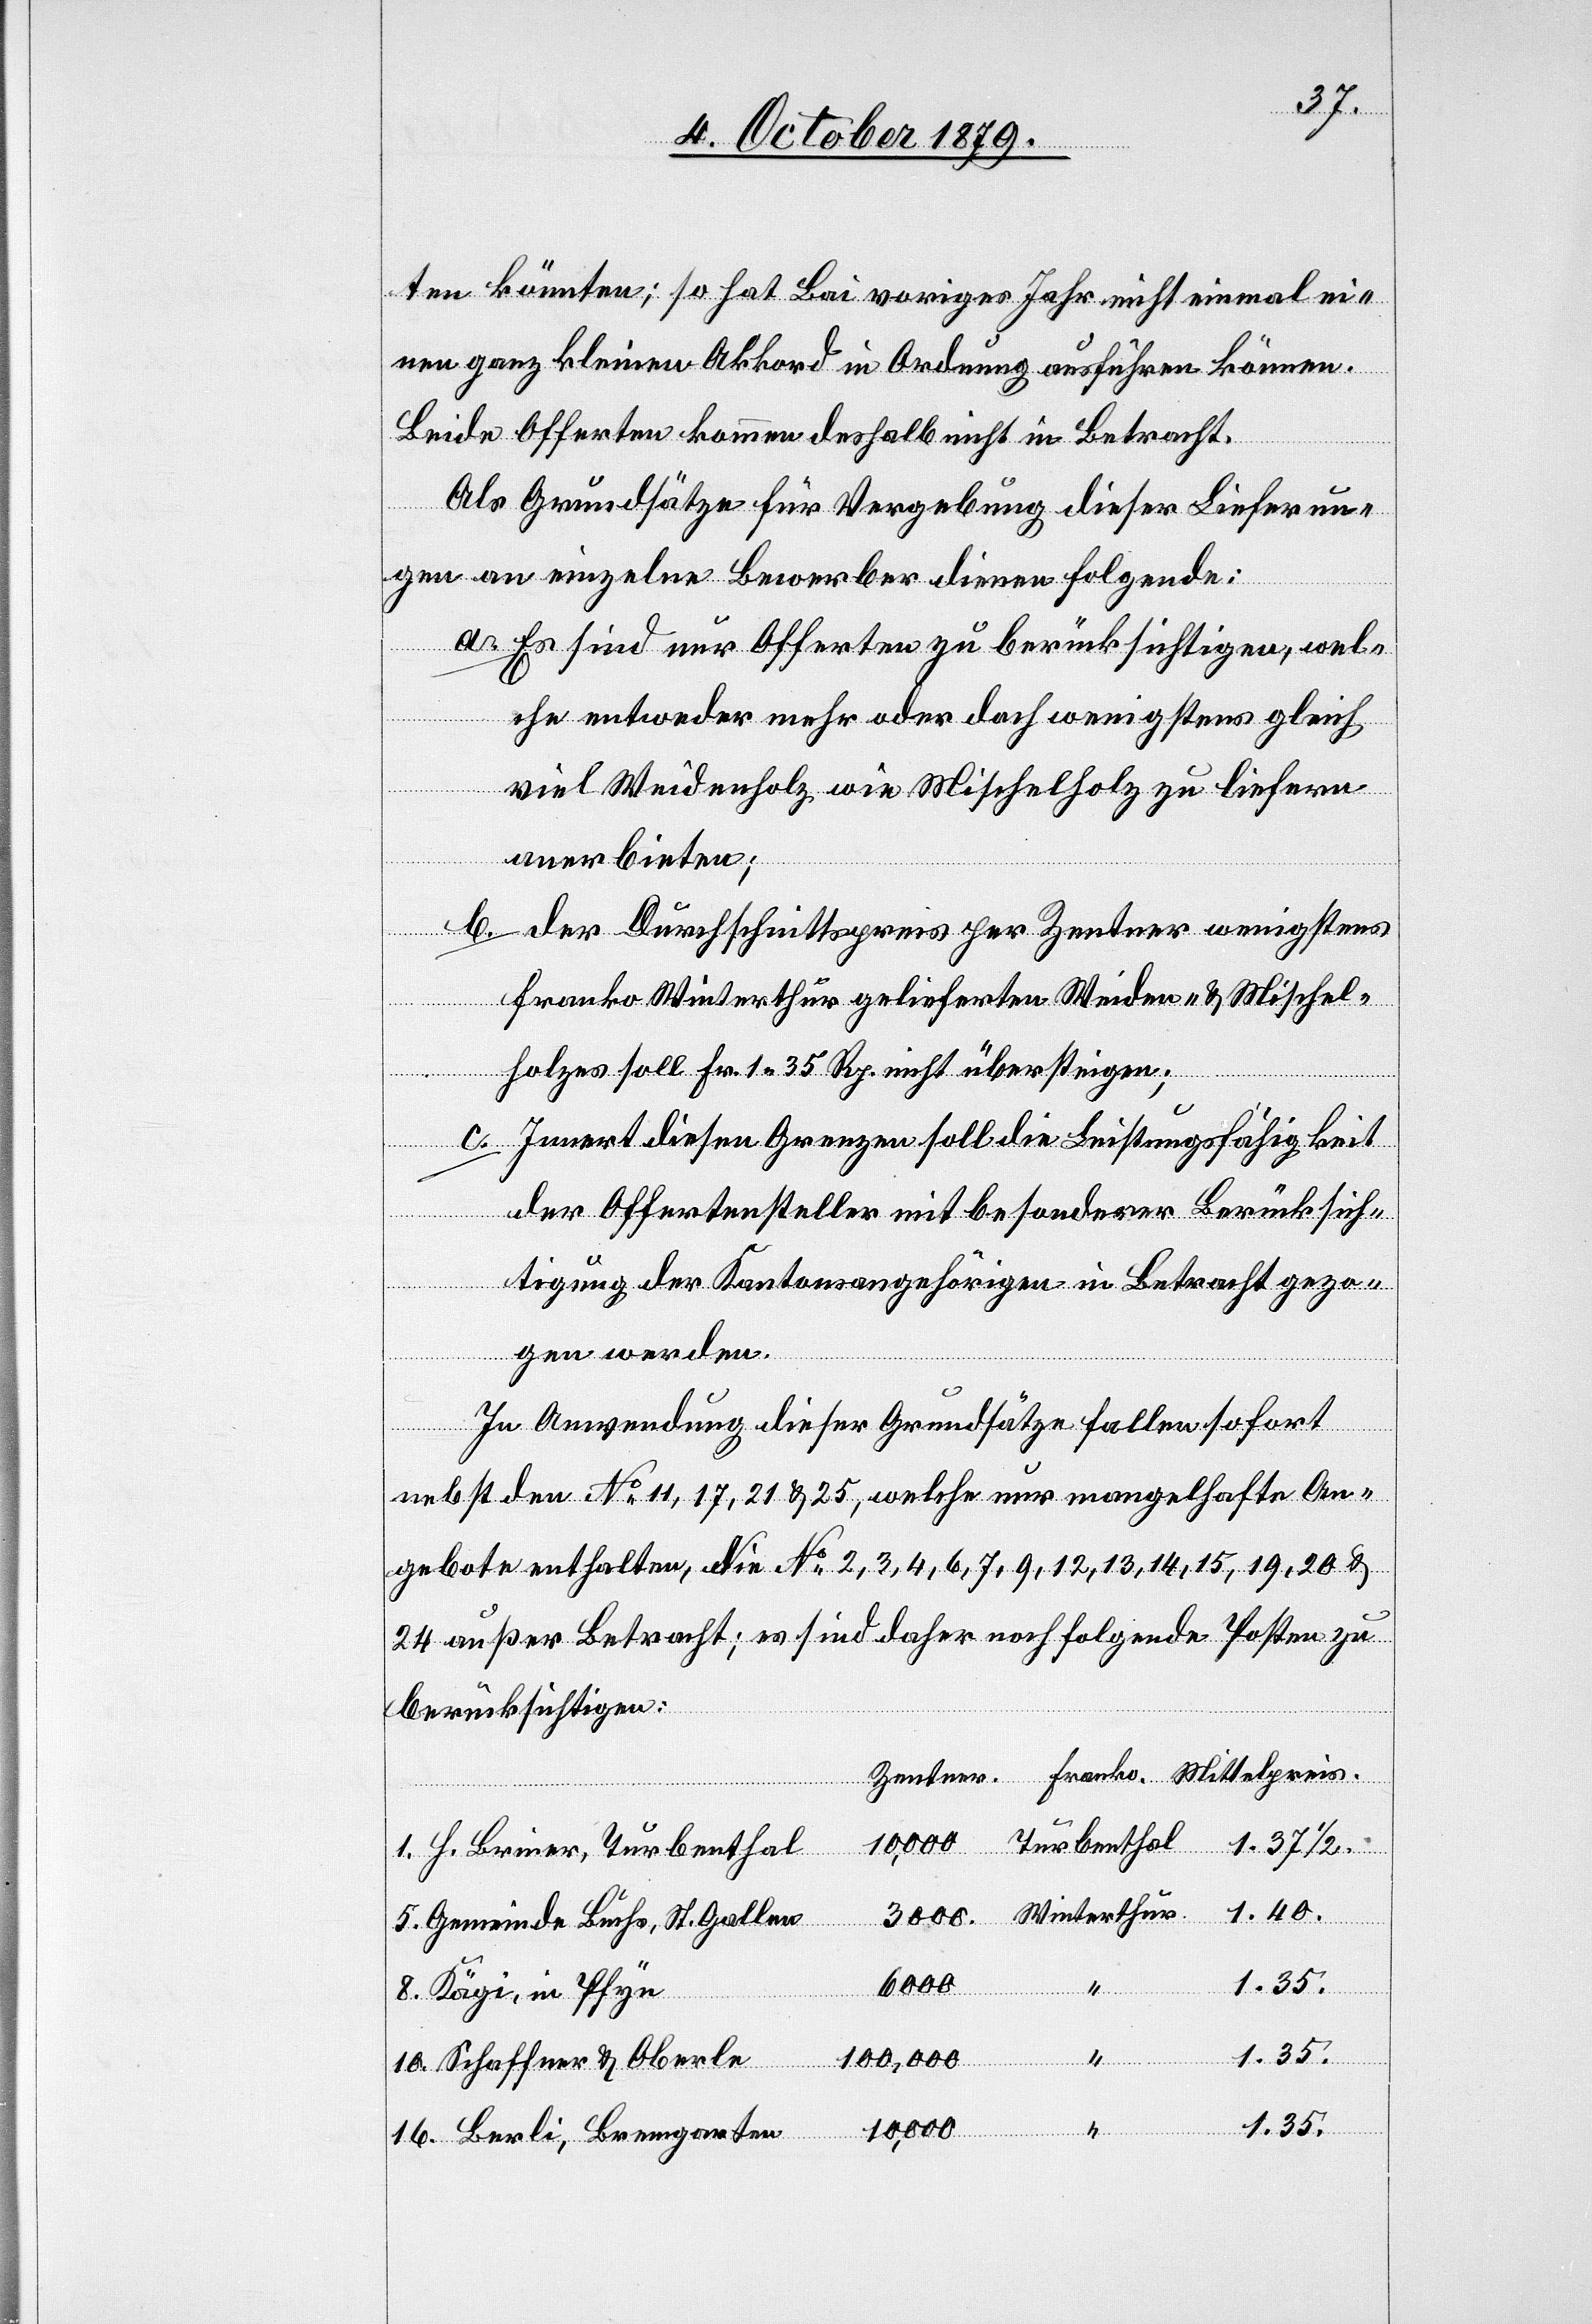
1/2.
ten könnten; so hat Bai voriges Jahr nicht einmal ei¬
nen ganz kleinen Akkord in Ordnung ausführen können.
Beide Offerten kommen deshalb nicht in Betracht.
Als Grundsätze für Vergebung dieser Lieferun¬
gen an einzelne Bewerber dienen folgende:
a. Es sind nur Offerten zu berücksichtigen, wel¬
che entweder mehr oder doch wenigstens gleich
viel Weideholz wie Mischelholz zu liefern
anerbieten.
b. Der Durchschnittspreis per Zentner wenigstens
Franko Winterthur gelieferten Weide- & Mischel¬
holzes soll Fr. 1 35 Rp. nicht übersteigen;
Innert diesen Grenzen soll die Leistungsfähigkeit
Franko
der Offertensteller mit besonderer Berücksich¬
tigung der Kantonsangehörigen in Betracht gezo¬
gen werden.
In Anwendung dieser Grundsätze fallen sofort
nebst den No 1, 17, 21 & 25, welche nur mangelhafte An¬
gebote enthalten, die No 2, 3, 4, 6, 7, 9, 12, 13, 14, 15, 19, 20 &
24 außer Betracht; es sind daher noch folgende Posten zu
berücksichtigen:
Zentner
1. H. Briner, Turbenthal
5. Gemeinde Buchs, St. Gallen
6000
1.35.
8. Kägi, in Pfyn
100,000
10. Schaffner & Oberle
10,000
16. Berli, Bremgarten

“